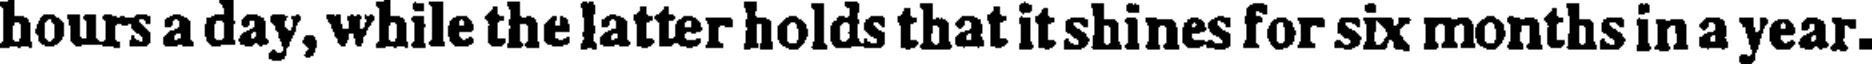
hours a day, while the latter holds that it shines for six months in a year.